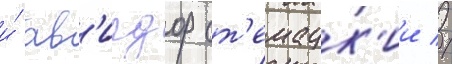
и́ ав'игдор ст'емацк'ии //